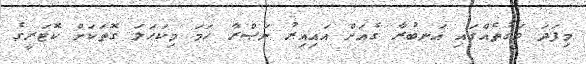
މިފަދަ ވަގުތެއްގައި އަނބުރާ ގެއަށް އައިއިރު ނަޞްރާ ހަމަ މިކަހަލަ ގޮތަކަށް ކޮޓަރީގެ